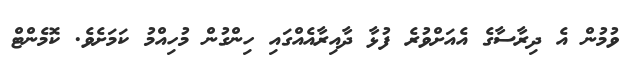
ވުމުން އެ ދިރާސާގެ އެއަށްވުރެ ފުޅާ ދާއިރާއެއްގައި ހިންގުން މުހިއްމު ކަމަށެވެ. ކޮމެންޓް